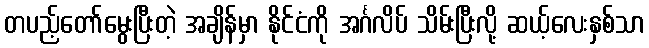
တပည့်တော်မွေးပြီးတဲ့ အချိန်မှာ နိုင်ငံကို အင်္ဂလိပ် သိမ်းပြီးလို့ ဆယ့်လေးနှစ်သာ